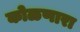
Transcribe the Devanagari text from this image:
कोळणारा